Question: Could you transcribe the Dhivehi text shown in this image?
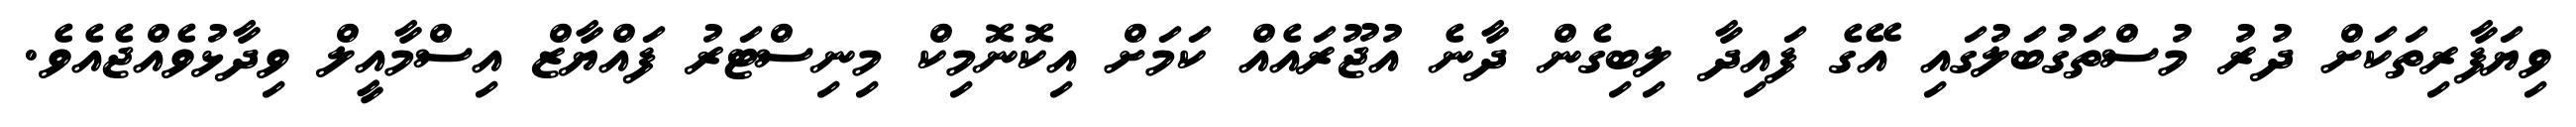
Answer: ވިޔަފާރިތަކަށް ދުރު މުސްތަގުބަލުގައި އޭގެ ފައިދާ ލިބިގެން ދާނެ އުޖޫރައެއް ކަމަށް އިކޮނޮމިކް މިނިސްޓަރު ފައްޔާޒް އިސްމާއީލް ވިދާޅުވެއްޖެއެވެ.